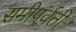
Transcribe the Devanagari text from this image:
समीपर्वती